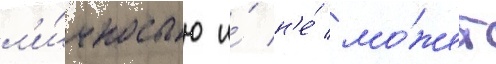
л'и́чностью и́ н'е́ мо́жет